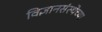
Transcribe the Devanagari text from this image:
विज्ञानसंस्थेच्या